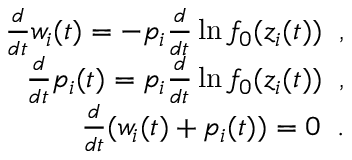
\begin{array} { r l r } & { } & { \frac { d } { d t } w _ { i } ( t ) = - p _ { i } \frac { d } { d t } \ln f _ { 0 } ( z _ { i } ( t ) ) \; \; , } \\ & { } & { \frac { d } { d t } p _ { i } ( t ) = p _ { i } \frac { d } { d t } \ln f _ { 0 } ( z _ { i } ( t ) ) \; \; , } \\ & { } & { \frac { d } { d t } ( w _ { i } ( t ) + p _ { i } ( t ) ) = 0 \; \; . } \end{array}